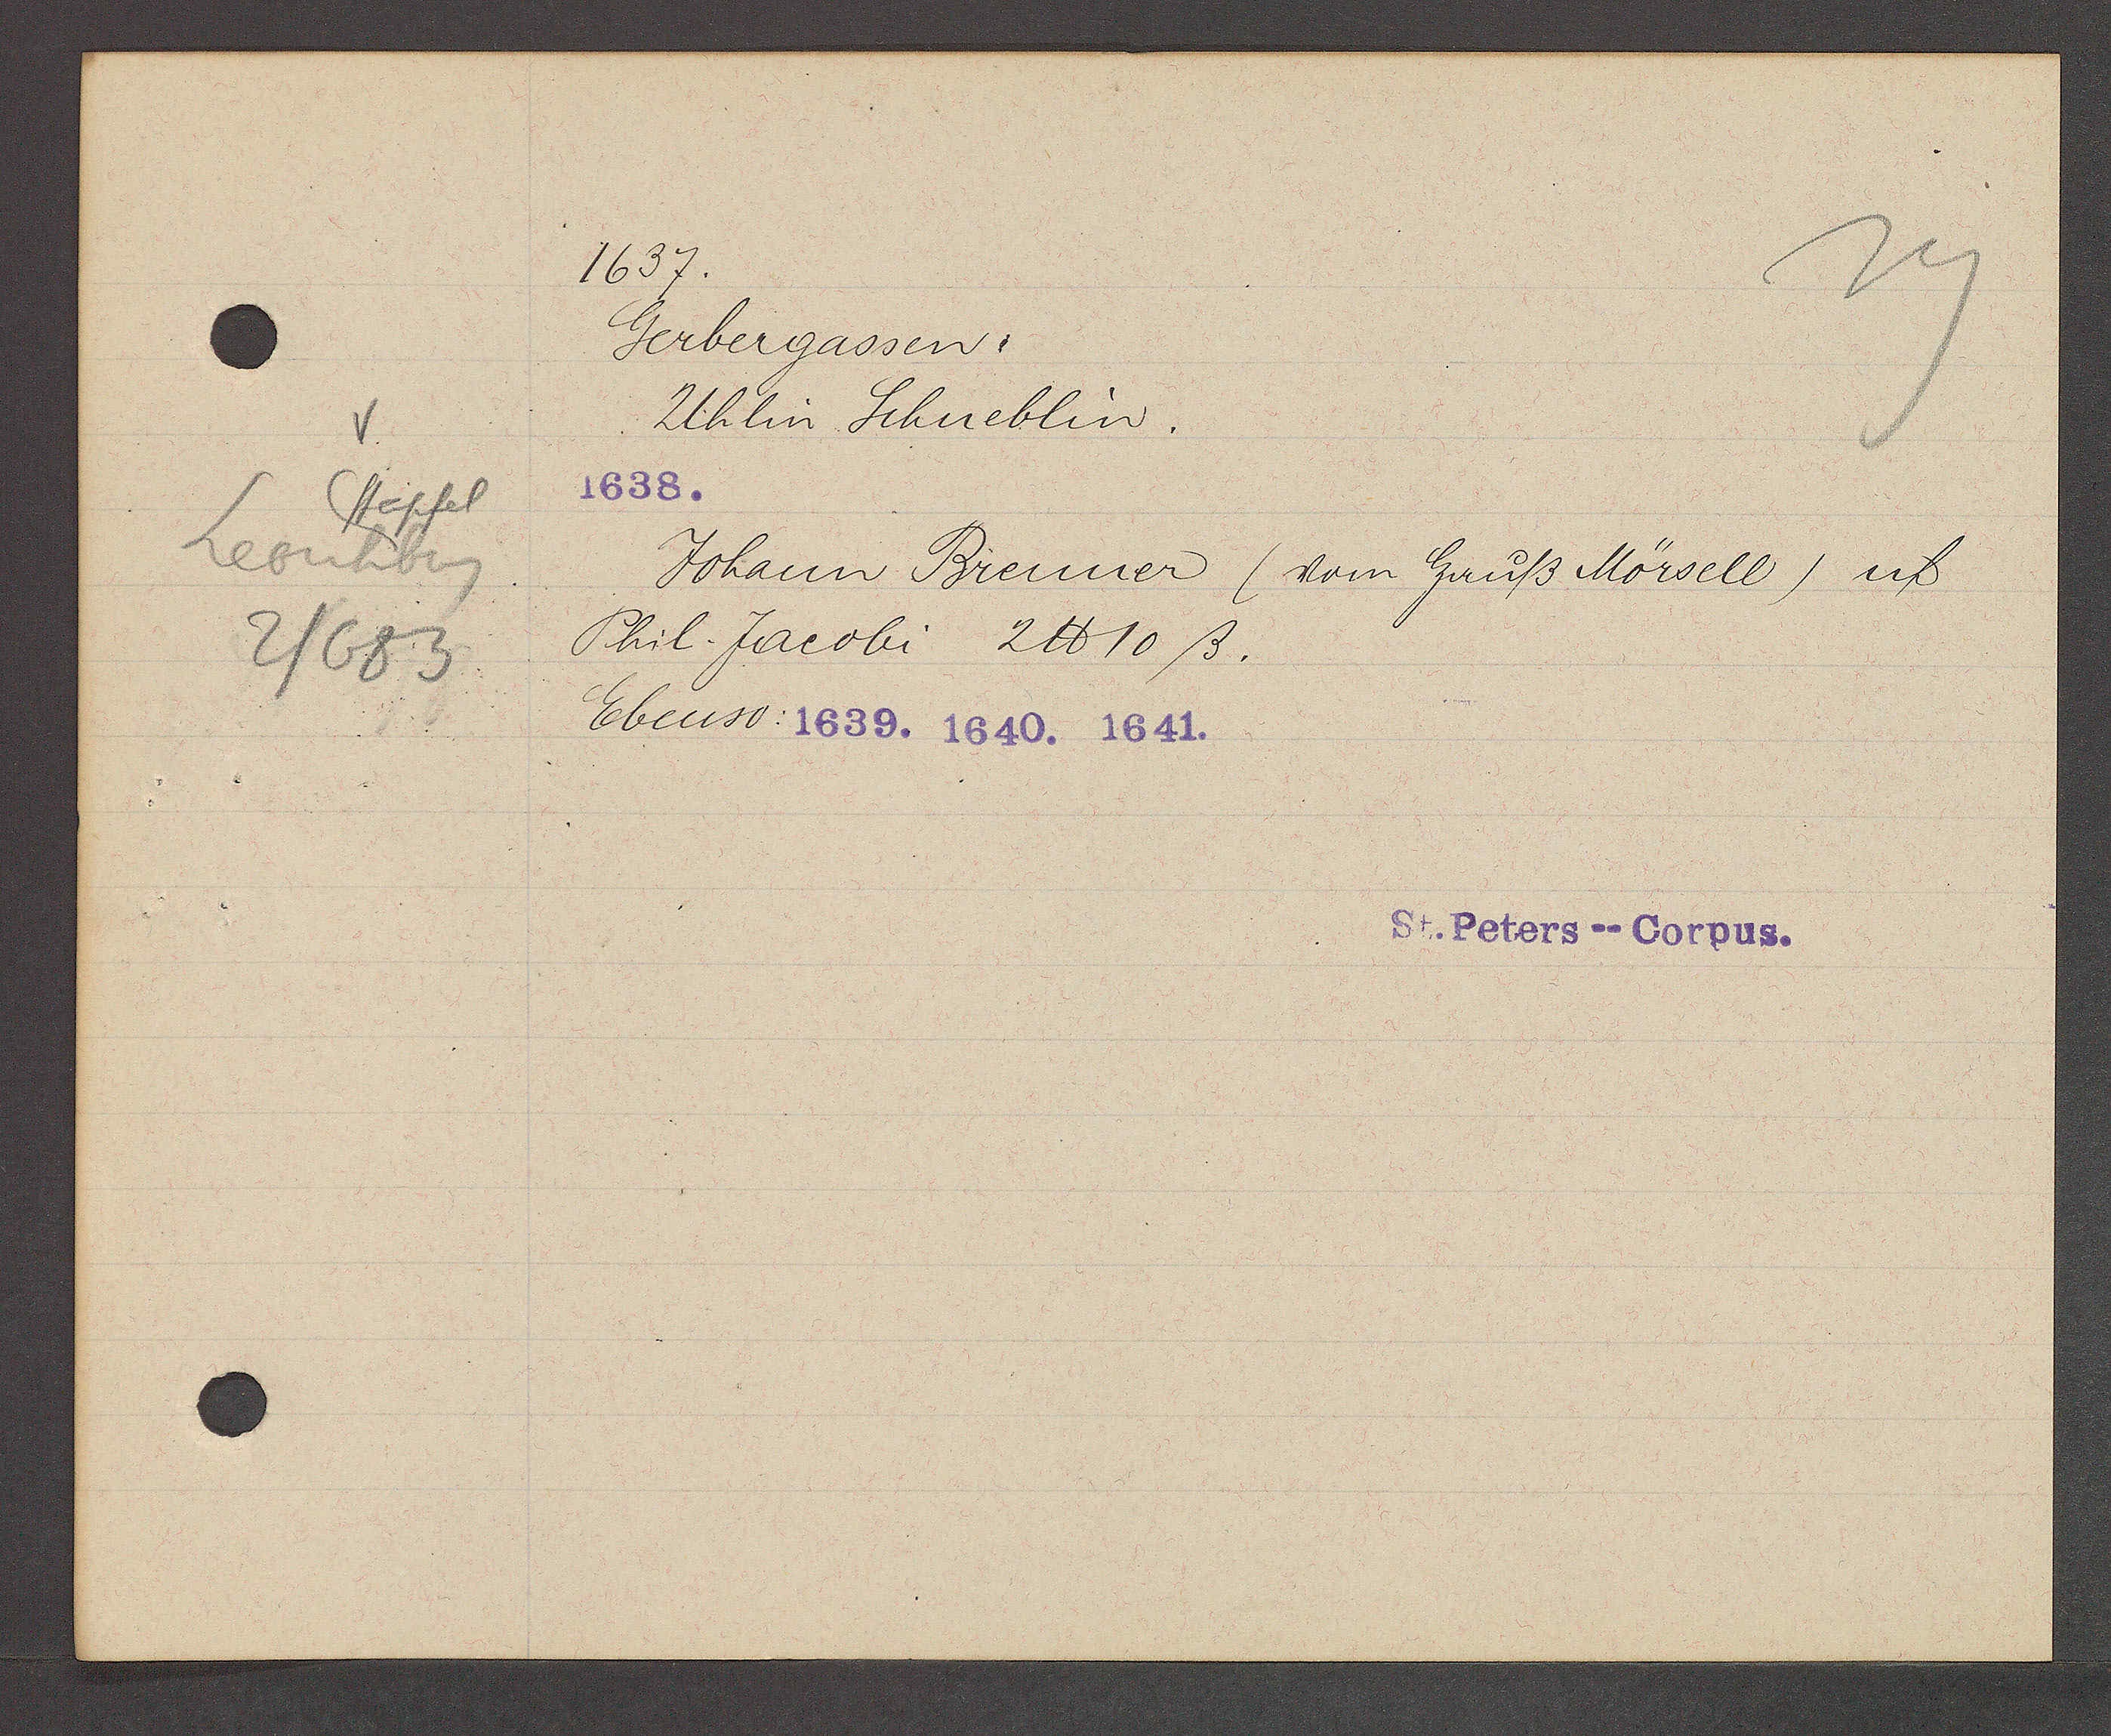
Transcript:
Stapfel
Leonhbrg
2/683

1637.

Gerbergassen.
Uhlin Schueblin.
1638.
Johann Brenner (vom Hauß Mörsell) uf
Phil. Jacobi 2 ℔ 10 ß.
Ebenso: 1639. 1640. 1641.

St. Peters -- Corpus.